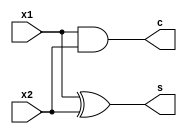
module half_adder(input x1,x2,output c,s);

  xor a1(s,x1,x2);
  and a2(c,x1,x2);

  endmodule